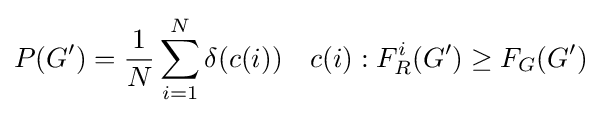
P(G^{\prime })={\frac {1}{N}}\sum _{i=1}^{N}\delta (c(i))\quad c(i):F_{R}^{i}(G^{\prime })\geq F_{G}(G^{\prime })